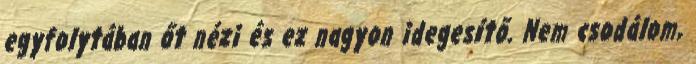
egyfolytában őt nézi és ez nagyon idegesítő. Nem csodálom,